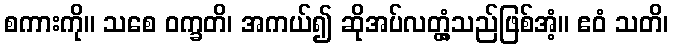
စကားကို။ သစေ ဝက္ခတိ၊ အကယ်၍ ဆိုအပ်လတ္တံ့သည်ဖြစ်အံ့။ ဧဝံ သတိ၊